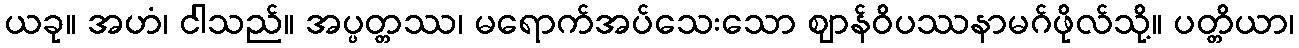
ယခု။ အဟံ၊ ငါသည်။ အပ္ပတ္တဿ၊ မရောက်အပ်သေးသော ဈာန်ဝိပဿနာမဂ်ဖိုလ်သို့။ ပတ္တိယာ၊